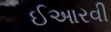
ઈઆરવી